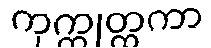
ကုက္ကုတ္ထကာ